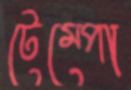
টেম্পো